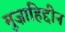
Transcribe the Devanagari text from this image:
मुज़ाहिद्दीन